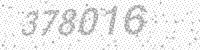
Solution: 378016